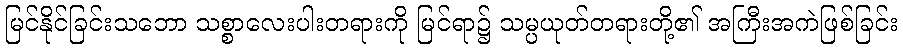
မြင်နိုင်ခြင်းသဘော သစ္စာလေးပါးတရားကို မြင်ရာ၌ သမ္ပယုတ်တရားတို့၏ အကြီးအကဲဖြစ်ခြင်း